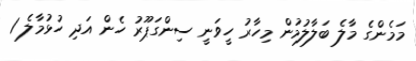
މަމެންގެ މާލެ ބަލާލުމުން މިހާރު ހީވަނީ ސިންގަޕޫރު ހެން އަދި ހުޅުމާލެ 1